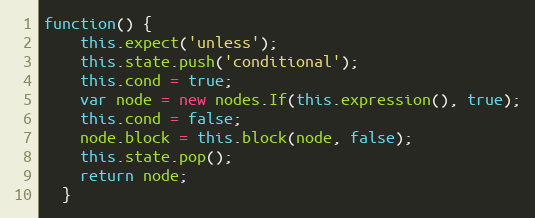
Language: JavaScript
function() {
    this.expect('unless');
    this.state.push('conditional');
    this.cond = true;
    var node = new nodes.If(this.expression(), true);
    this.cond = false;
    node.block = this.block(node, false);
    this.state.pop();
    return node;
  }